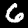
Digit: 6